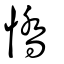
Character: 憍